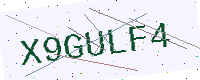
Text: X9GULF4